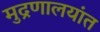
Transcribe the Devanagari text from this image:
मुद्रणालयांत